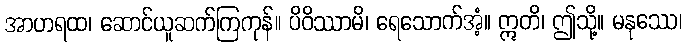
အာဟရထ၊ ဆောင်ယူဆက်ကြကုန်။ ပိဝိဿာမိ၊ ရေသောက်အံ့။ ဣတိ၊ ဤသို့။ မနုဿေ၊